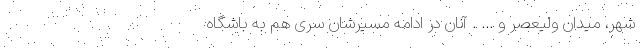
شهر، میدان ولیعصر و ... . آنان در ادامه مسیرشان سری هم به باشگاه